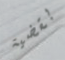
بقضية